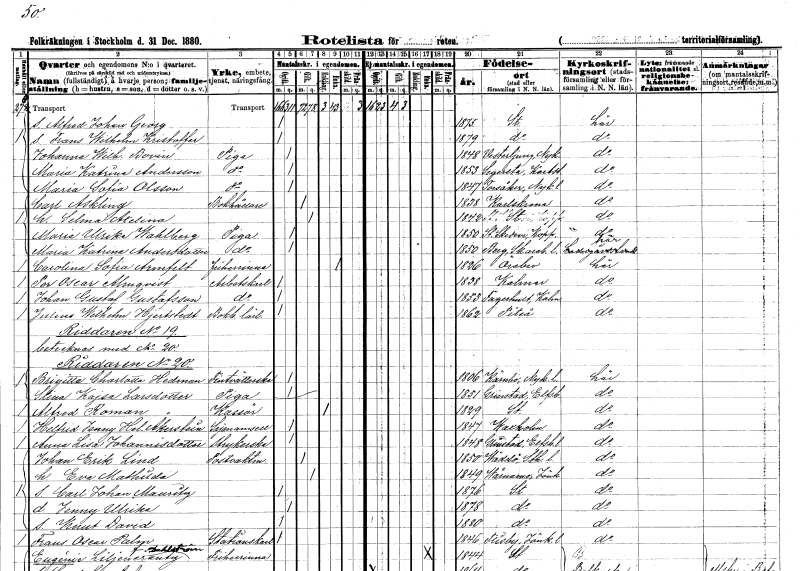
gt_parse: households: individuals: FN: Alfred Johan Georg
KON: M
CIV: O
FODAR: 1875
FODFORS: Stockholm
FN: Frans Wilhelm Kristoffer
KON: M
CIV: O
FODAR: 1879
FODFORS: Stockholm
FN: Johanna Wilhelmina
EN: Bovin
YRKE: Piga
KON: K
CIV: O
FODAR: 1848
FODFORS: Västerljung Södermanlands län
FN: Maria Katrina
EN: Andersson
YRKE: Piga
KON: K
CIV: O
FODAR: 1853
FODFORS: Segerstad Värmlands län
FN: Maria Sofia
EN: Olsson
YRKE: Piga
KON: K
CIV: O
FODAR: 1847
FODFORS: Torsåker Södermanlands län
FN: Carl
EN: Askling
YRKE: Bokhållare
KON: M
CIV: G
FODAR: 1838
FODFORS: Karlskrona Blekinge län
FN: Selma Axelina
KON: K
CIV: G
FODAR: 1842
FODFORS: Stockholm
FN: Maria Ulrika
EN: Wahlberg
YRKE: Piga
KON: K
CIV: O
FODAR: 1850
FODFORS: Stora Skedvi Kopparbergs län
FN: Maria Katrina
EN: Andersdotter
YRKE: Piga
KON: K
CIV: O
FODAR: 1850
FODFORS: Berg Skaraborgs län
FN: Carolina Sofia
EN: Armfelt
KON: K
CIV: E
FODAR: 1826
FODFORS: Örebro Örebro län
FN: Per Oscar
EN: Almqvist
YRKE: Arbetskarl
KON: M
CIV: O
FODAR: 1838
FODFORS: Kalmar Kalmar län
FN: Johan Gustaf
EN: Gustafsson
YRKE: Arbetskarl
KON: M
CIV: O
FODAR: 1853
FODFORS: Fagerhult Kalmar län
FN: Julius Wilhelm
EN: Hjertstedt
YRKE: Bokbindarelärling
KON: M
CIV: O
FODAR: 1862
FODFORS: Piteå Norrbottens län
FN: Brigitta Charlotta
EN: Hedman
YRKE: Fintvätterska
KON: K
CIV: O
FODAR: 1806
FODFORS: Kärnbo Södermanlands län
FN: Stina Kajsa
EN: Larsdotter
YRKE: Piga
KON: K
CIV: O
FODAR: 1851
FODFORS: Grinstad Älvsborgs län
FN: Alfred
EN: Roman
YRKE: Kassör
KON: M
CIV: E
FODAR: 1829
FODFORS: Stockholm
FN: Helfrid Jenny Helena
EN: Åkerstein
YRKE: Symamsell
KON: K
CIV: O
FODAR: 1847
FODFORS: Vaxholm Stockholms län
FN: Anna Lisa
EN: Johannisdotter
YRKE: Strykerska
KON: K
CIV: O
FODAR: 1848
FODFORS: Grinstad Älvsborgs län
FN: Johan Erik
EN: Lind
YRKE: Postvaktmästare
KON: M
CIV: G
FODAR: 1850
FODFORS: Väddö Stockholms län
FN: Eva Mathilda
KON: K
CIV: G
FODAR: 1849
FODFORS: Värnamo Jönköpings län
FN: Carl Johan Mauritz
KON: M
CIV: O
FODAR: 1876
FODFORS: Stockholm
FN: Jenny Ulrika
KON: K
CIV: O
FODAR: 1878
FODFORS: Stockholm
FN: Knut David
KON: M
CIV: O
FODAR: 1880
FODFORS: Stockholm
FN: Frans Oscar
EN: Palm
YRKE: Stationskarl
KON: M
CIV: O
FODAR: 1846
FODFORS: Flisby Jönköpings län
FN: Eugénie
EN: Liljencrantz Dahlström
KON: K
CIV: E
FODAR: 1844
FODFORS: Stockholm